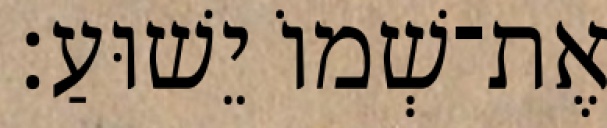
אֶת־שְׁמוֹ יֵשׁוּעַ׃